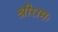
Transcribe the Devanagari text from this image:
श्रीरामः